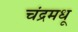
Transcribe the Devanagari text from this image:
चंद्रमधू